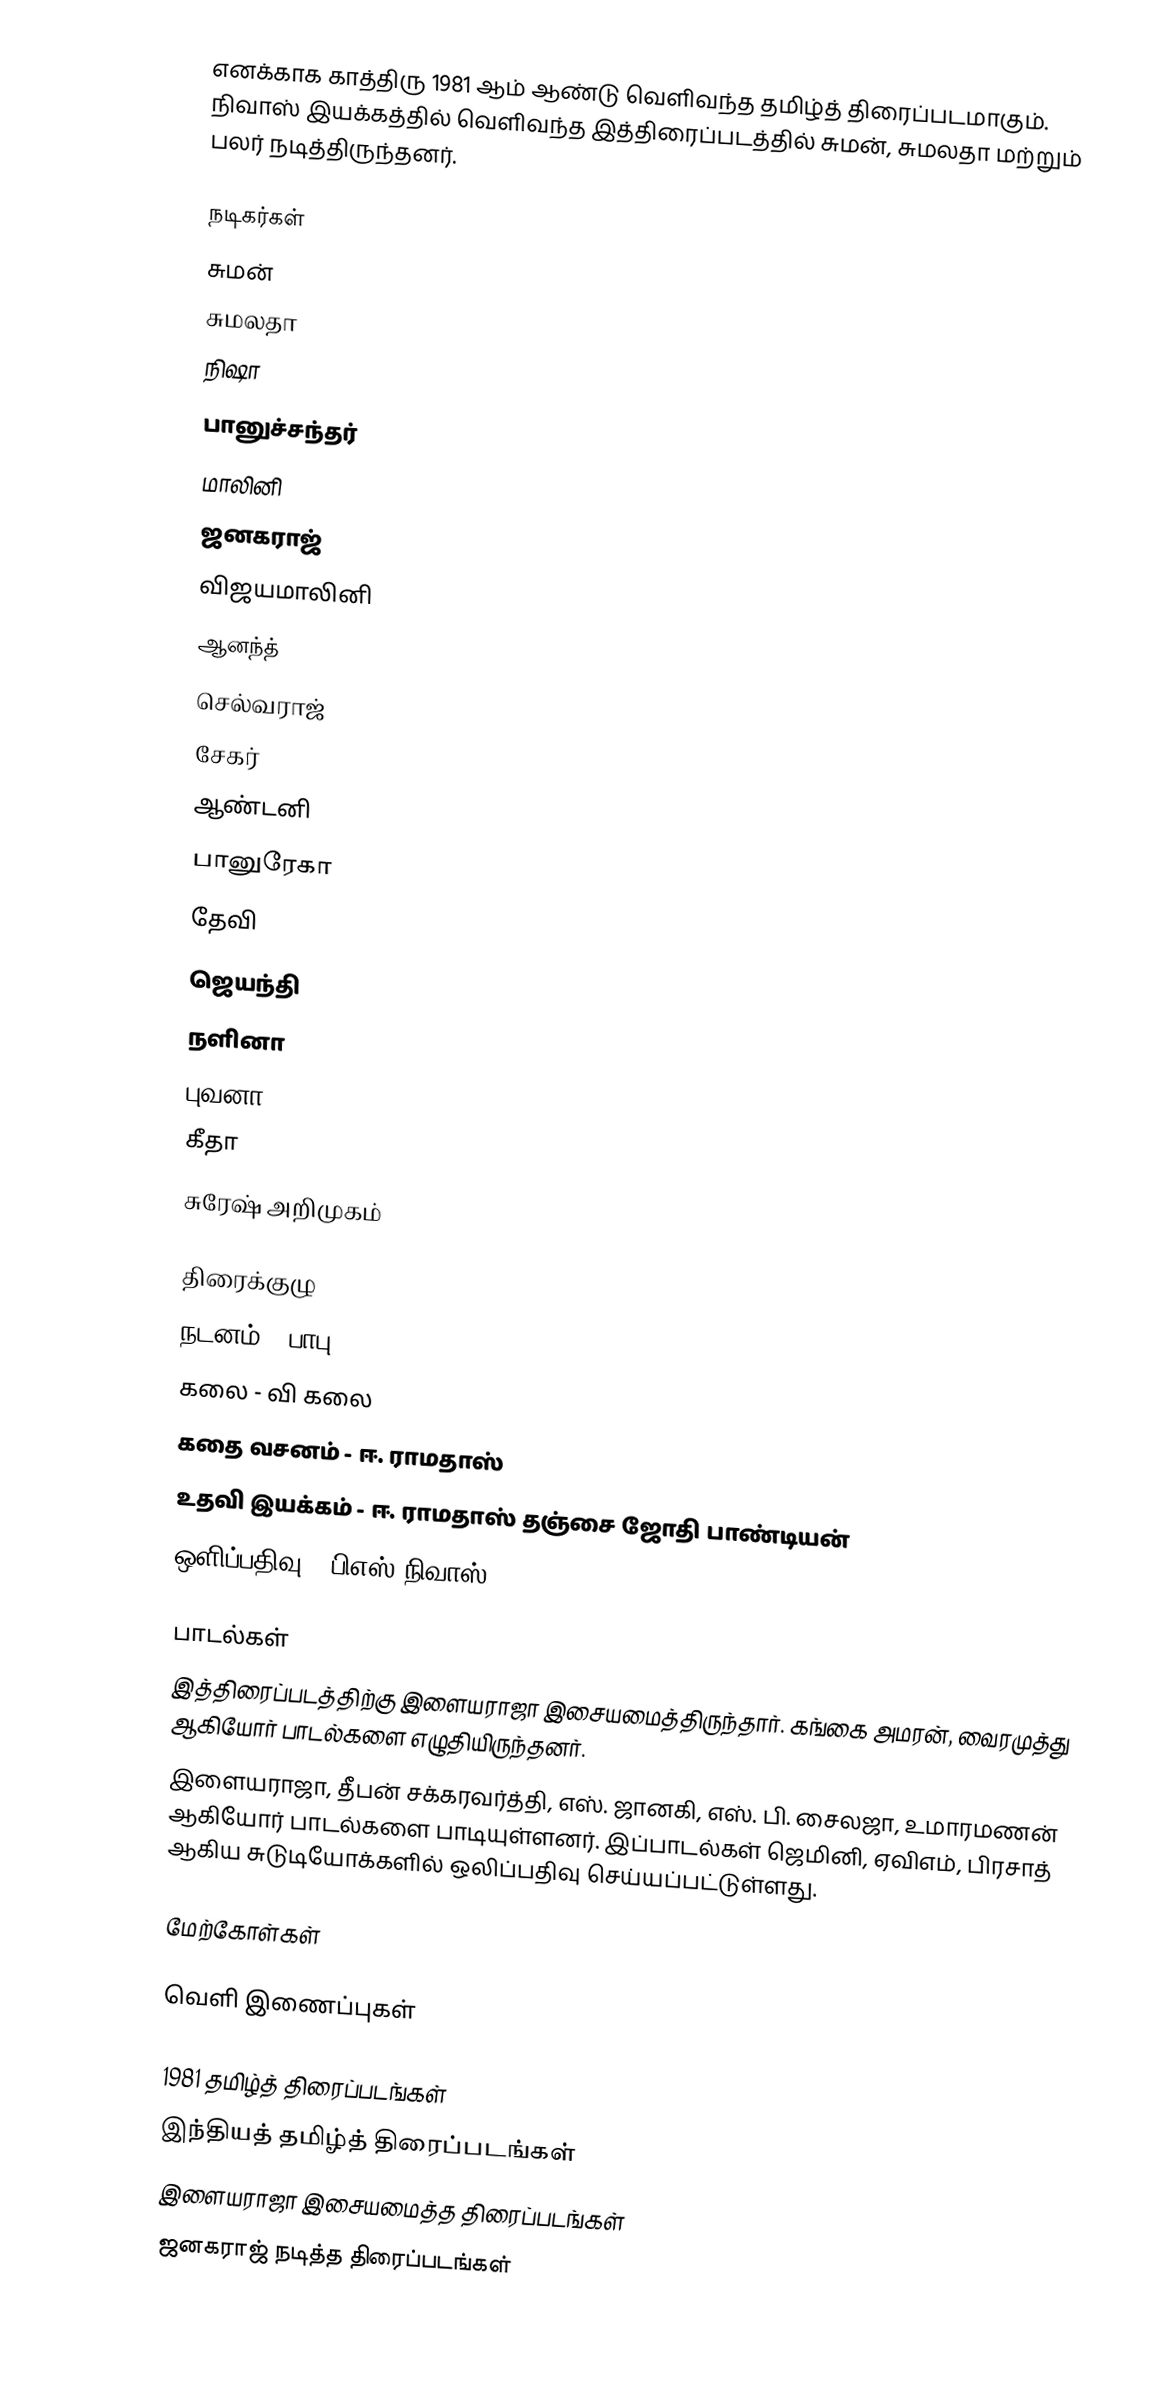
எனக்காக காத்திரு 1981 ஆம் ஆண்டு வெளிவந்த தமிழ்த் திரைப்படமாகும். நிவாஸ் இயக்கத்தில் வெளிவந்த இத்திரைப்படத்தில் சுமன், சுமலதா மற்றும் பலர் நடித்திருந்தனர்.

நடிகர்கள்
 சுமன்
 சுமலதா
 நிஷா
 பானுச்சந்தர்
 மாலினி
 ஜனகராஜ்
 விஜயமாலினி
 ஆனந்த்
 செல்வராஜ்
 சேகர்
 ஆண்டனி
 பானுரேகா
 தேவி
 ஜெயந்தி
 நளினா
 புவனா
 கீதா
 சுரேஷ் அறிமுகம்

திரைக்குழு
 நடனம் - பாபு
 கலை - வி கலை
 கதை வசனம் - ஈ. ராமதாஸ்
 உதவி இயக்கம் - ஈ. ராமதாஸ் தஞ்சை ஜோதி பாண்டியன்
 ஒளிப்பதிவு - பிஎஸ் நிவாஸ்

பாடல்கள்
இத்திரைப்படத்திற்கு இளையராஜா இசையமைத்திருந்தார். கங்கை அமரன், வைரமுத்து ஆகியோர் பாடல்களை எழுதியிருந்தனர்.
இளையராஜா, தீபன் சக்கரவர்த்தி, எஸ். ஜானகி, எஸ். பி. சைலஜா, உமாரமணன் ஆகியோர் பாடல்களை பாடியுள்ளனர். இப்பாடல்கள் ஜெமினி, ஏவிஎம், பிரசாத் ஆகிய சுடுடியோக்களில் ஒலிப்பதிவு செய்யப்பட்டுள்ளது.

மேற்கோள்கள்

வெளி இணைப்புகள்

1981 தமிழ்த் திரைப்படங்கள்
இந்தியத் தமிழ்த் திரைப்படங்கள்
இளையராஜா இசையமைத்த திரைப்படங்கள்
ஜனகராஜ் நடித்த திரைப்படங்கள்